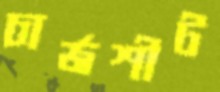
চার্জশীট